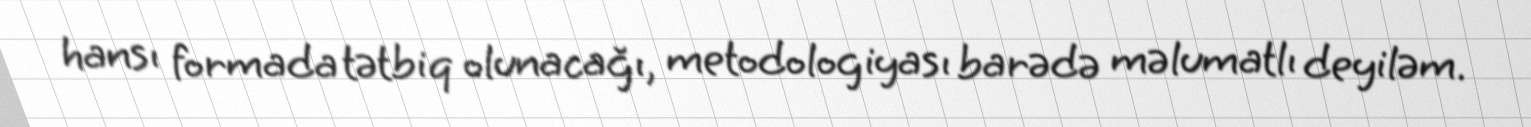
hansı formada tətbiq olunacağı, metodologiyası barədə məlumatlı deyiləm.